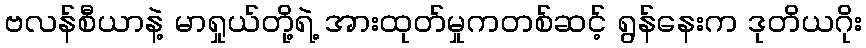
ဗလန်စီယာနဲ့ မာရှုယ်တို့ရဲ့ အားထုတ်မှုကတစ်ဆင့် ရွန်နေးက ဒုတိယဂိုး